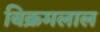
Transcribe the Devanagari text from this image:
बिक्रमलाल